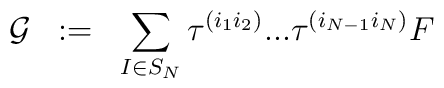
{\cal{G}} \;\; := \;\; \sum_{I \in S_N} \tau^{( i_1 i_2 )} ... \tau^{( i_{N-1} i_N )} F